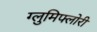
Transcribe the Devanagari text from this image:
ग्लुमिफ्लोरी